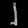
Digit: ၂